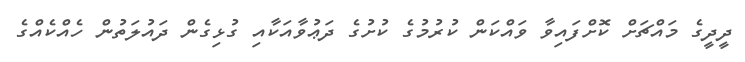
ދީދީގެ މައްޗަށް ކޮށްފައިވާ ވައްކަން ކުރުމުގެ ކުށުގެ ދަޢުވާއަކާއި ގުޅިގެން ދައުލަތުން ހެއްކެއްގެ